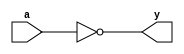
`timescale 1ns / 1ps
//////////////////////////////////////////////////////////////////////////////////
// Company: 
// Engineer: 
// 
// Design Name: 
// Module Name: not_nand
// Project Name: 
// Target Devices: 
// Tool Versions: 
// Description: 
// 
// Dependencies: 
// 
// Revision:
// Revision 0.01 - File Created
// Additional Comments:
// 
//////////////////////////////////////////////////////////////////////////////////


module not_nand(input a, output y);

nand n0(y, a, a);

endmodule

//////////////////////////////////////////////////////////////////////////////////